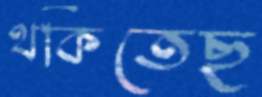
থকিতেছ